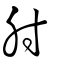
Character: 肘